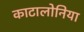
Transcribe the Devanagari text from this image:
काटालोनिया